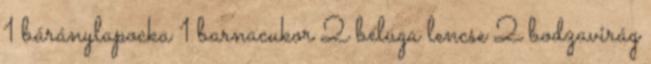
1 báránylapocka 1 barnacukor 2 beluga lencse 2 bodzavirág